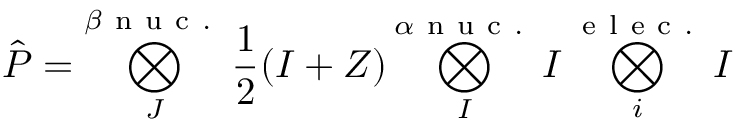
\hat { P } = \bigotimes _ { J } ^ { \beta \mathrm { ~ n ~ u ~ c ~ . ~ } } \frac { 1 } { 2 } ( I + Z ) \bigotimes _ { I } ^ { \alpha \mathrm { ~ n ~ u ~ c ~ . ~ } } I \bigotimes _ { i } ^ { \mathrm { ~ e ~ l ~ e ~ c ~ . ~ } } I